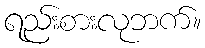
ရည်းစားလုဘက်။